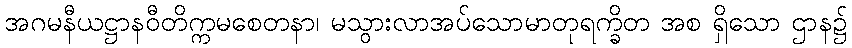
အဂမနီယဋ္ဌာနဝီတိက္ကမစေတနာ၊ မသွားလာအပ်သောမာတုရက္ခိတ အစ ရှိသော ဌာန၌